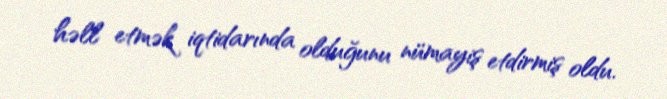
həll etmək iqtidarında olduğunu nümayiş etdirmiş oldu.